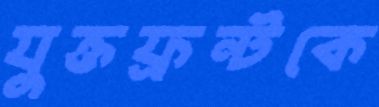
যুক্তফ্রন্টকে